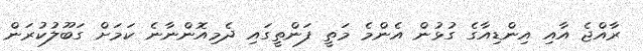
ރާއްޖެ އާއި އިންޑިއާގެ ގުޅުން އެންމެ މަތީ ފަންތީގައި ދެމިއޮންނާނެ ކަމަށް ގަބޫލުކުރަން